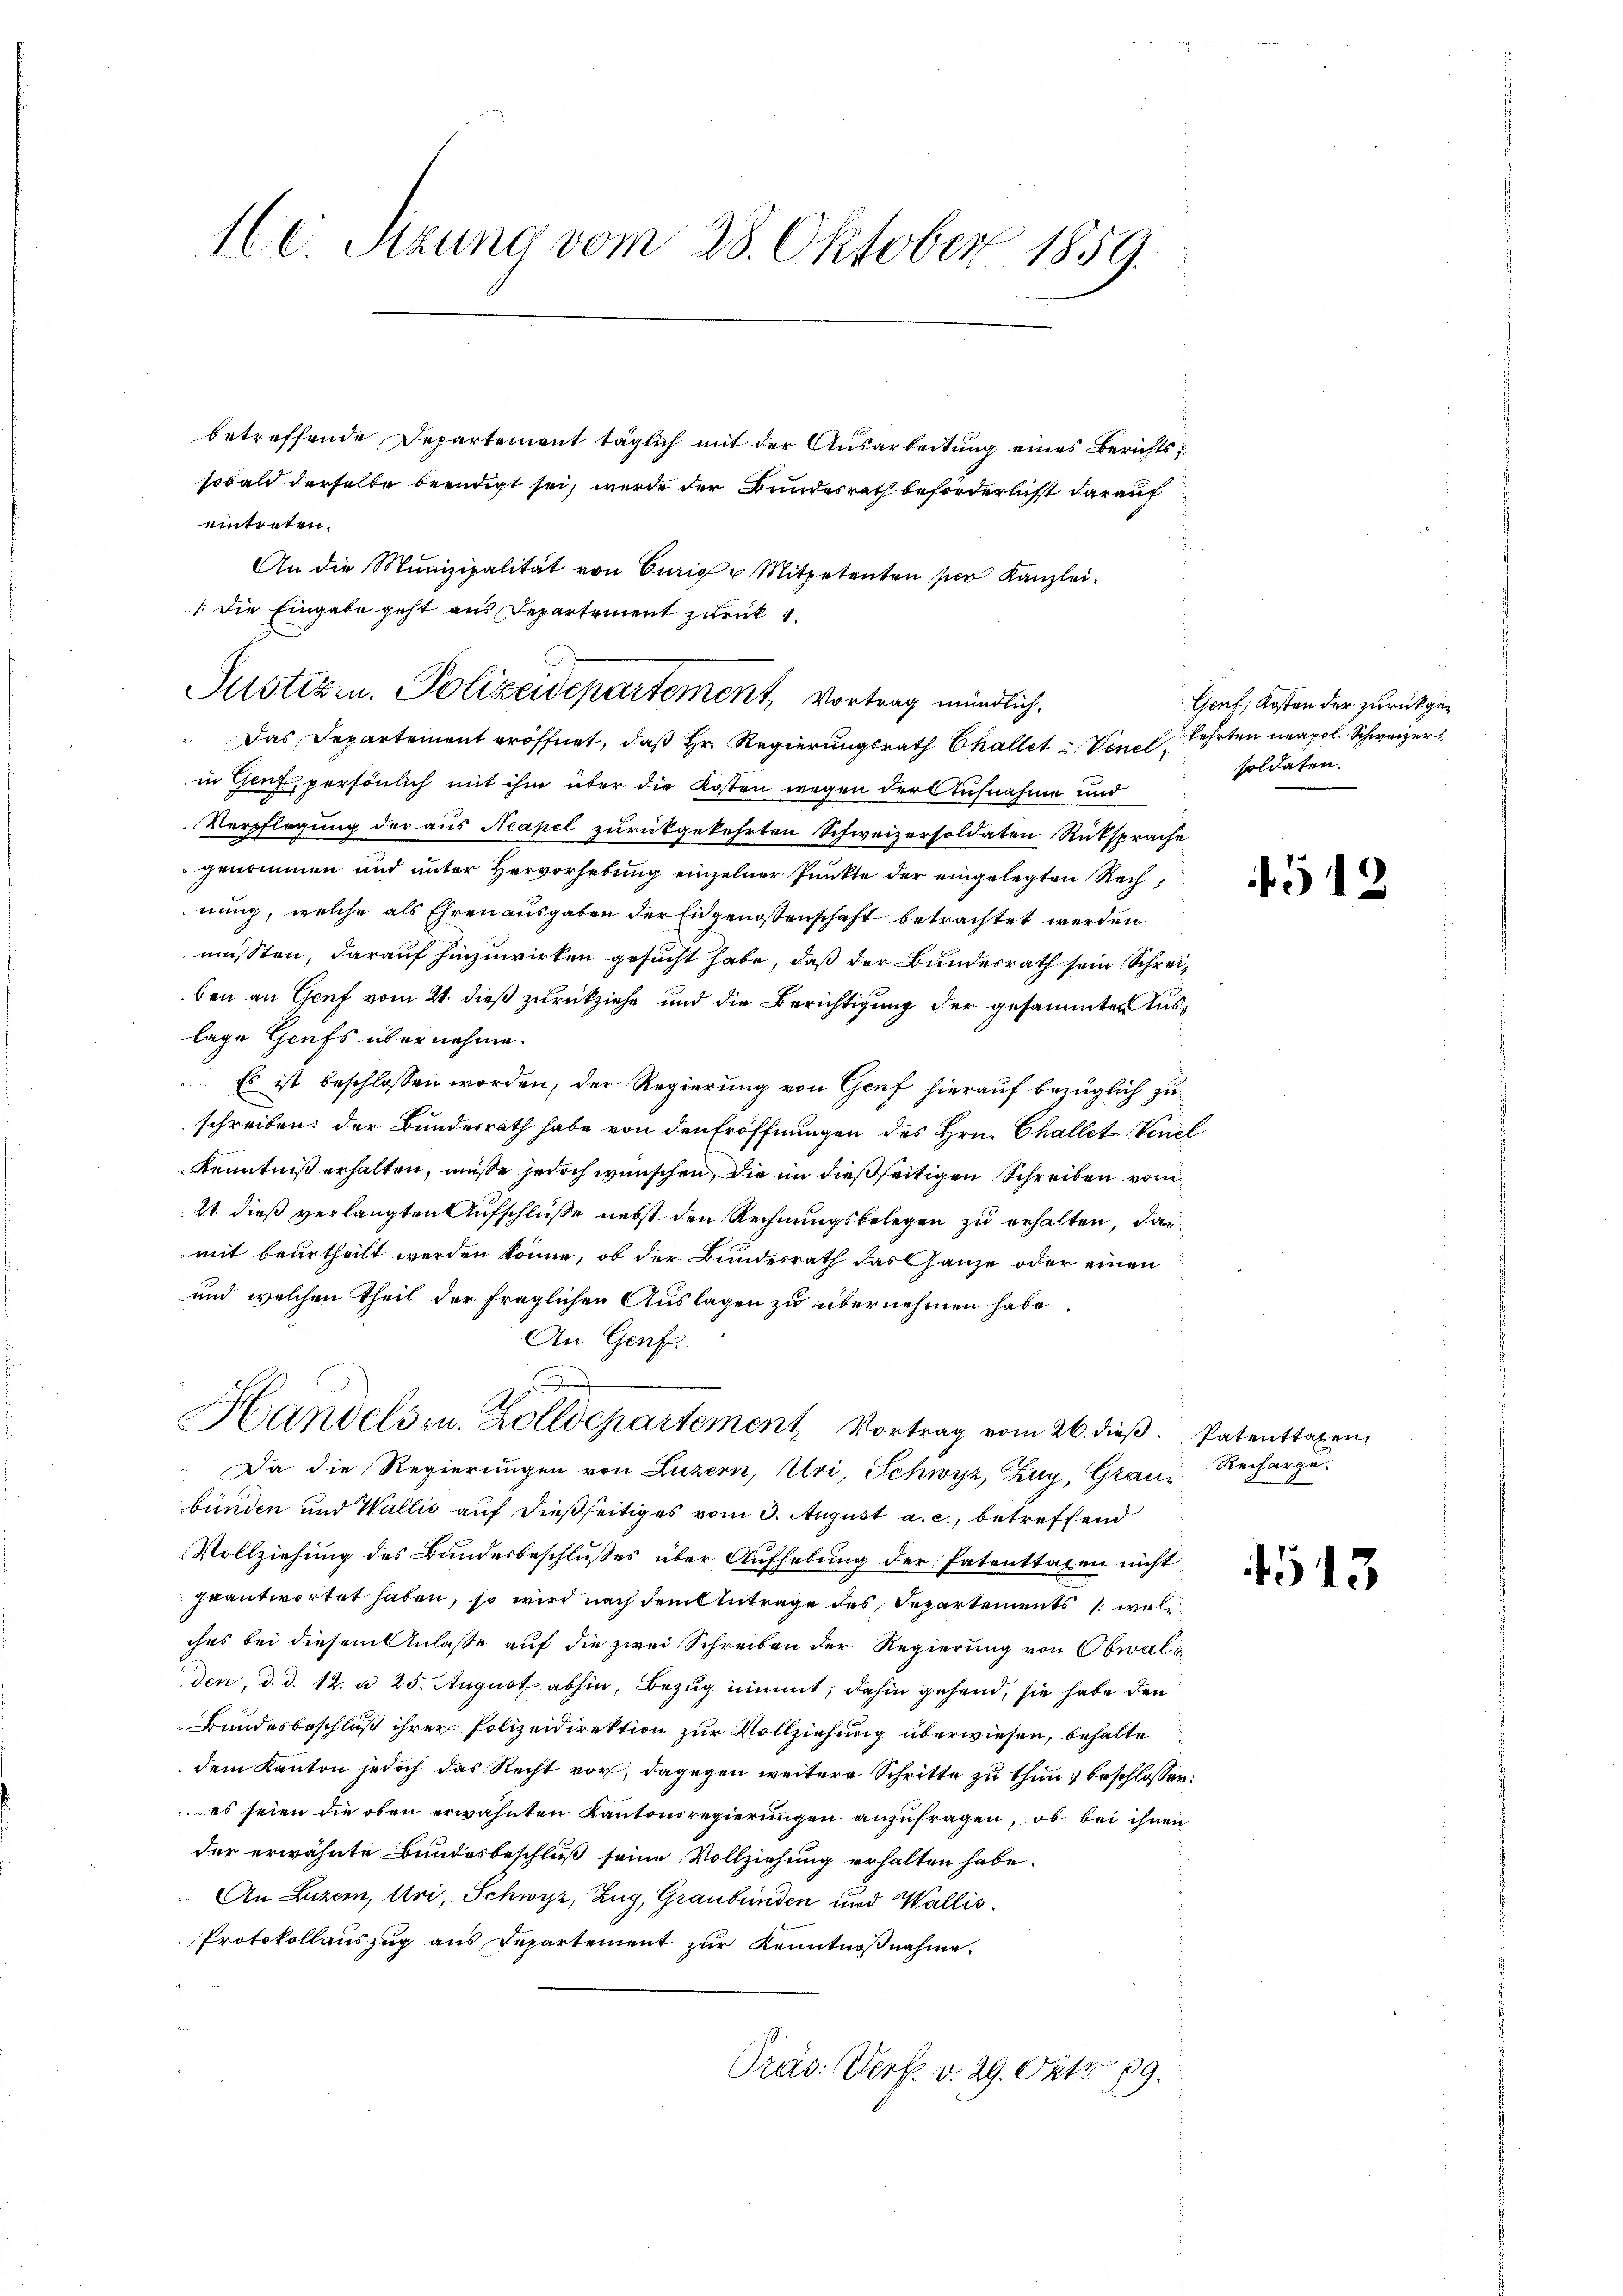
160. Sitzung vom 28. Oktober 1859.

in Genf, persönlich mit ihm über die Kosten wegen der Aufnahme und
Verpflegung der aus Neapel zurückgekehrten Schweizersoldaten Rüksprache
genommen und unter Hervorhebung einzelner Punkte der eingelegten Rechnung, welche als Ehren ausgaben der Eidgenossenschaft betrachtet werden
müssten, darauf hinzuwirken gesucht habe, daß der Bundesrath sein Schreiben an Genf vom 21. dieß zurückziehe und die Berichtigung der gesammten Auslage Genfs übernehme.
Es ist beschlossen worden, der Regierung von Genf hierauf bezüglich zu
schreiben: der Bundesrath habe von den Eröffnungen des Hrn. Challet Vene
Kenntniß erhalten, müsse jedoch wünschen, die im dießseitigen Schreiben vom
21. dieß verlangten Aufschlüsse nebst den Rechnungsbelegen zu erhalten, das
mit beurtheilt werden könne, ob der Bundesrath das Ganze oder einen
und welchen Theil der fraglichen Auslagen zu übernehmen habe.
An Genf.
e
Handelsr. Zolldepartement Vortrag vom 26. dieβ. Patenttaxen,
Da die Regierungen von Luzern, Uri, Schwyz, Zug, Graubünden und Wallis auf dießseitiges vom 3. August a. c., betreffend
Vollziehung des Bundesbeschlußes über Aufhebung der Patenttagen nicht
zeantwortet haben, so wird nach dem Antrage des Departements wel
ches bei diesem Anlasse auf die zwei Schreiben der Regierung von Obwalden, d. d. 12. u 25. August abhin, Bezug nimmt, dahin gehend, sie habe den
Bundesbeschluß ihrer Polizeidirektion zur Vollziehung überwiesen, behalte
dem Kanton jedoch das Recht vor, dagegen weitere Schritte zu thun; beschlossen:
es seien die oben erwähnten Kantonsregierungen anzufragen, ob bei ihnen
der erwähnte Bundesbeschluß seine Vollziehung erhalten habe.
An Luzern, Uri, Schwyz, Zug, Graubünden und Wallis.
Protokollauszug aus Departement zur Kenntnißnahme.
Präs. Verf. v. 29. Okt. 89.

betreffende Departement täglich mit der Ausarbeitung eines Berichts
sobald derselbe beendigt sei, wurde der Bundesrath beförderlichst darauf
eintreten.
An die Munizipalität von Curig u Mitpetenten sein Kanzlei.
(die Eingabe geht aus Departement zurück 1.
Justizen. Polizeidepartement, Vortrag mündlich.
Das Departement eröffnet, daß Hr. Regierungsrath Challet Venelehrten neapol. Schweizer

Genf, Kosten der zurückgesoldaten.

512

Recharge.

4513